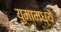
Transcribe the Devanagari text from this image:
युमामध्ये